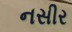
નસીર